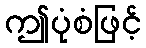
ဤပုံစံဖြင့်